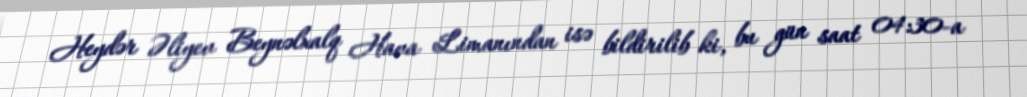
Heydər Əliyev Beynəlxalq Hava Limanından isə bildirilib ki, bu gün saat 04:30-a